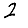
Digit: 2